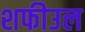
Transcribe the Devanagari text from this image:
शफीउल